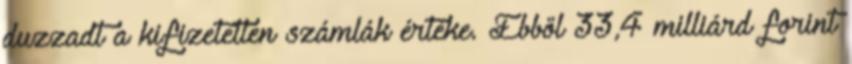
duzzadt a kifizetetlen számlák értéke. Ebből 33,4 milliárd forint